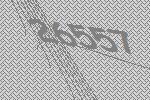
26557